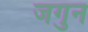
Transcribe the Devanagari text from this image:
जगुन